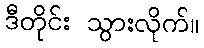
ဒီတိုင်း သွားလိုက်။